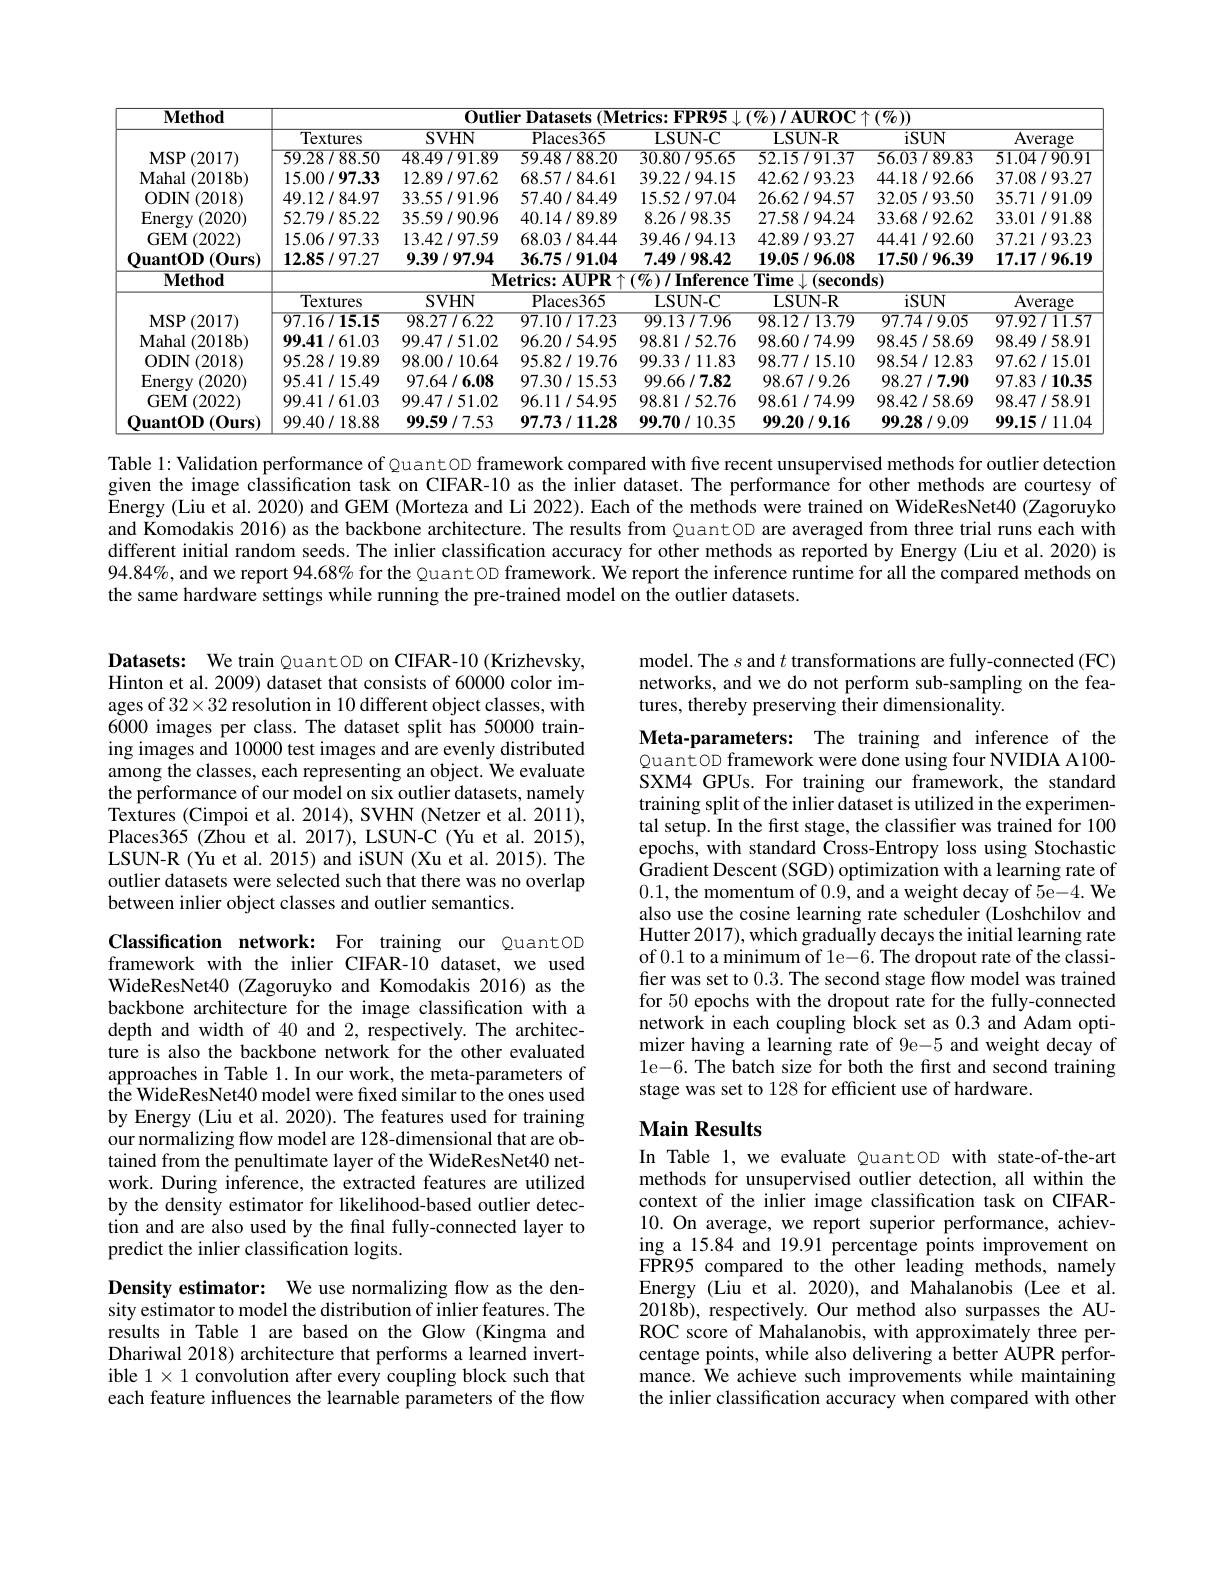
<table>
	<tbody>
		<tr>
			<th> </th>
			<th>Textures</th>
			<th>SVHN</th>
			<th>Places365</th>
			<th>LSUN- C</th>
			<th>LSUN- R</th>
			<th>iSUN</th>
			<th>Average</th>
		</tr>
		<tr>
			<td>$MSP$ $\circ(2017)$</td>
			<td>59.28/88.50</td>
			<td>48.49/91.89</td>
			<td>59.48/88.20</td>
			<td>30.80/95.65</td>
			<td>52.15/91.37</td>
			<td>56.03/89.83</td>
			<td>51.04/90.91</td>
		</tr>
		<tr>
			<td>Mahal (2018b)</td>
			<td>15.00/97.33</td>
			<td>12.89/97.62</td>
			<td>68.57/84.61</td>
			<td>39.22/94.15</td>
			<td>42.62/93.23</td>
			<td>44.18/92.66</td>
			<td>37.08/93.27</td>
		</tr>
		<tr>
			<td>ODIN (2018)</td>
			<td>49.12/84.97</td>
			<td>33.55/91.96</td>
			<td>57.40/84.49</td>
			<td>15.52/97.04</td>
			<td>26.62/94.57</td>
			<td>32.05/93.50</td>
			<td>35.71/91.09</td>
		</tr>
		<tr>
			<td>$\operatorname{Energy}$ (2020) 1</td>
			<td>52.79/85.22</td>
			<td>35.59/90.96</td>
			<td>40.14/89.89</td>
			<td>8.26/98.35</td>
			<td>27.58/94.24</td>
			<td>33.68/92.62</td>
			<td>33.01/91.88</td>
		</tr>
		<tr>
			<td>GEM (2022)</td>
			<td>15.06/97.33</td>
			<td>13.42/97.59</td>
			<td>68.03/84.44</td>
			<td>39.46/94.13</td>
			<td>42.89/93.27</td>
			<td>44.41/92.60</td>
			<td>37.21/93.23</td>
		</tr>
		<tr>
			<td>uantOD $\bullet(0$urs) 1</td>
			<td>12.85/97.27</td>
			<td>9.39/97.94</td>
			<td>36.75/91.04</td>
			<td>7.49/98.42</td>
			<td>19.05/96.08</td>
			<td>17.50/96.39</td>
			<td>17.17/96.19</td>
		</tr>
		<tr>
			<td>$\mathbf{Method}$</td>
			<td> </td>
			<td>$\overline{\mathbf{M}}$</td>
			<td>etrics:AUPR $\overline{\uparrow}$</td>
			<td>$(\%)/$Inference</td>
			<td>Time $\int_{x}1$ $(\mathbf{seconc})$</td>
			<td>$\overline{\mathbf{Is}}$</td>
			<td> </td>
		</tr>
		<tr>
			<td> </td>
			<td>Textures</td>
			<td>SVHN</td>
			<td>Places365</td>
			<td>LSUN- C</td>
			<td>LSUN- R</td>
			<td>iSUN</td>
			<td>Average</td>
		</tr>
		<tr>
			<td>MSP$\left ( 2017\right )$</td>
			<td>97.16/15.15</td>
			<td>98.27/6.22</td>
			<td>97.10/17.23</td>
			<td>99.13/7.96</td>
			<td>98.12/13.79</td>
			<td>97.74/9.05</td>
			<td>97.92/11.57</td>
		</tr>
		<tr>
			<td>Mahal ( 2018b) </td>
			<td>99.41/61.03</td>
			<td>99.47/51.02</td>
			<td>96.20/54.95</td>
			<td>98.81/52.76</td>
			<td>98.60/74.99</td>
			<td>98.45/58.69</td>
			<td>98.49/58.91</td>
		</tr>
		<tr>
			<td>ODIN (2018)</td>
			<td>95.28/19.89</td>
			<td>98.00/10.64</td>
			<td>95.82/19.76</td>
			<td>99.33/11.83</td>
			<td>98.77/15.10</td>
			<td>98.54/12.83</td>
			<td>97.62/15.01</td>
		</tr>
		<tr>
			<td>$\operatorname{Energy}$ (2020) 1</td>
			<td>95.41/15.49</td>
			<td>97.64/6.08</td>
			<td>97.30/15.53</td>
			<td>99.66/7.82</td>
			<td>98.67/9.26</td>
			<td>98.27/7.90</td>
			<td>97.83/10.35</td>
		</tr>
		<tr>
			<td>GEM(2022)</td>
			<td>99.41/61.03</td>
			<td>99.47/51.02</td>
			<td>96.11/54.95</td>
			<td>98.81/52.76</td>
			<td>98.61/74.99</td>
			<td>98.42/58.69</td>
			<td>98.47/58.91</td>
		</tr>
		<tr>
			<td>OuantOD $(0\mathbf{urs})$</td>
			<td>99.40/18.88</td>
			<td>99.59/7.53</td>
			<td>97.73/11.28</td>
			<td>99.70/10.35</td>
			<td>99.20/9.16</td>
			<td>99.28/9.09</td>
			<td>99.15/11.04</td>
		</tr>
	</tbody>
</table>

Table l: Validation performance of Quant OD framework compared with five recent unsupervised methods for outlier detection given the image classification task on CIFAR-10 as the inlier dataset. The performance for other methods are courtesy of $\breve{\text{Energy(Liu et al.2020)and GEM (Morteza and Li 2022). Each of the methods were trained on WideResNet40(Zagoruyko})}$ and Komodakis 2016) as the backbone architecture. The results from QuantoD are averaged from three trial runs each with different initial random seeds. The inlier classification accuracy for other methods as reported by Energy (Liu et al. 2020) is $94.84\%$ , and we report $94.68\%$ for the Quant OD framework. We report the inference runtime for all the compared methods on the same hardware settings while running the pre-trained model on the outlier datasets.

Datasets: We train QuantOD on CIFAR-10 (Krizhevsky, Hinton et al. 2009) dataset that consists of 60000 color images of $32\times32$ resolution in 10 different object classes, with 6000 images per class. The dataset split has 50000 training images and 10000 test images and are evenly distributed among the classes, each representing an object. We evaluate the performance of our model on six outlier datasets, namely Textures (Cimpoi et al. 2014), SVHN (Netzer et al. 2011), Places365 (Zhou et al.2017), LSUN-C (Yu et al. 2015), LSUN-R (Yu et al. 2015) and iSUN (Xu et al. 2015). The outlier datasets were selected such that there was no overlap between inlier object classes and outlier semantics.

Classification network: For training our QuantOD framework with the inlier CIFAR-10 dataset, we used WideResNet40 (Zagoruyko and Komodakis 2016) as the backbone architecture for the image classification with a depth and width of 40 and 2, respectively. The architecture is also the backbone network for the other evaluated approaches in Table 1. In our work, the meta-parameters of the WideResNet40 model were fixed similar to the ones used by Energy (Liu et al. 2020). The features used for training our normalizing flow model are 128-dimensional that are obtained from the penultimate layer of the WideResNet40 network. During inference, the extracted features are utilized by the density estimator for likelihood-based outlier detection and are also used by the final fully-connected layer to predict the inlier classification logits.

Density estimator: We use normalizing flow as the density estimator to model the distribution of inlier features. The results in Table 1 are based on the Glow (Kingma and Dhariwal 2018) architecture that performs a learned invertible $1\times1$ convolution after every coupling block such that each feature influences the learnable parameters of the flow

model. The $s$ and $t$ transformations are fully-connected (FC) networks, and we do not perform sub-sampling on the features, thereby preserving their dimensionality.

Meta-parameters: The training and inference of the QuantOD framework were done using four NVIDIA A100- SXM4 GPUs. For training our framework, the standard training split of the inlier dataset is utilized in the experimental setup. In the first stage, the classifier was trained for 100 epochs, with standard Cross-Entropy loss using Stochastic Gradient Descent (SGD) optimization with a learning rate of 0.1, the momentum of 0.9,and a weight decay of 5e-4. We also use the cosine learning rate scheduler (Loshchilov and Hutter 2017), which gradually decays the initial learning rate of 0.1 to a minimum of le-6. The dropout rate of the classifier was set to 0.3. The second stage flow model was trained for 50 epochs with the dropout rate for the fully-connected network in each coupling block set as 0.3 and Adam optimizer having a learning rate of 9e-5 and weight decay of 1e-6. The batch size for both the frst and second training stage was set to 128 for efficient use of hardware.

### $\textbf{Main Results}$

In Table 1, we evaluate QuantOD with state-of-the-art methods for unsupervised outlier detection, all within the context of the inlier image classification task on CIFAR- 10. On average, we report superior performance, achieving a 15.84 and 19.91 percentage points improvement on FPR95 compared to the other leading methods, namely Energy (Liu et al. 2020), and Mahalanobis (Lee et al. 2018b), respectively. Our method also surpasses the AUROC score of Mahalanobis, with approximately three percentage points, while also delivering a better AUPR performance. We achieve such improvements while maintaining the inlier classification accuracy when compared with other